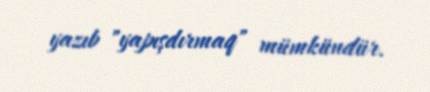
yazıb "yapışdırmaq" mümkündür.